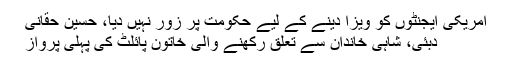
امریکی ایجنٹوں کو ویزا دینے کے لیے حکومت پر زور نہیں‌ دیا، حسین حقانی
دبئی، شاہی خاندان سے تعلق رکھنے والی خاتون پائلٹ کی پہلی پرواز